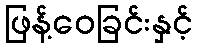
ဖြန့်ဝေခြင်းနှင့်